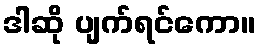
ဒါဆို ပျက်ရင်ကော။